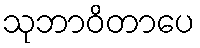
သုဘာဝိတာပေ